Indian journal of veterinary science and animal husbandry - Volume 3,
Year: 1933
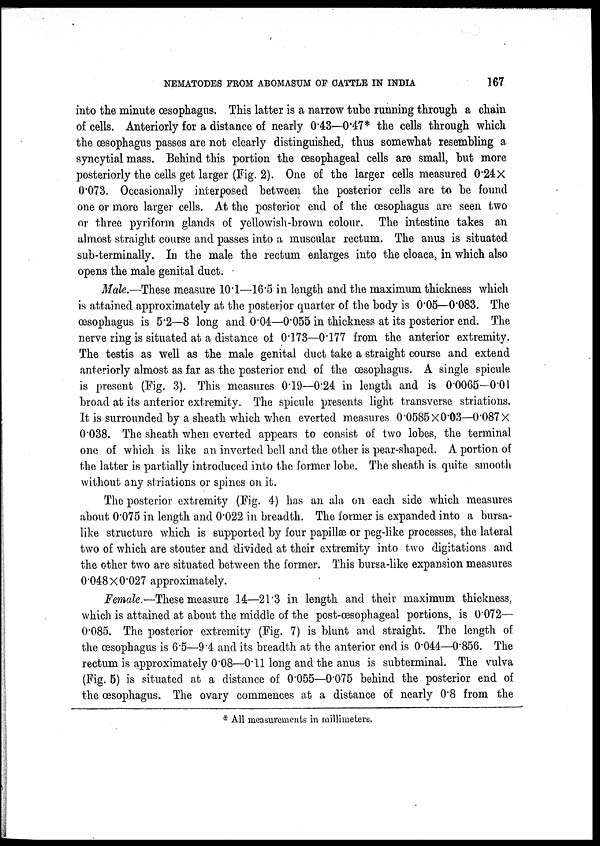
NEMATODES FROM ABOMASUM OF CATTLE IN INDIA
167
into the minute œsophagus. This latter is a narrow tube running through a chain
of cells. Anteriorly for a distance of nearly 0.43—0.47* the cells through which
the œsophagus passes are not clearly distinguished, thus somewhat resembling a
syncytial mass. Behind this portion the œsophageal cells are small, but more
posteriorly the cells get larger (Fig. 2). One of the larger cells measured 0.24 ×
0.073. Occasionally interposed between the posterior cells are to be found
one or more larger cells. At the posterior end of the œsophagus are. seen two
or three pyriform glands of yellowish-brown colour. The intestine takes an
almost straight course and passes into a muscular rectum. The anus is situated
sub-terminally. In the male the rectum enlarges into the cloaca, in which also
opens the male genital duct.
Male.—These measure 10.1—16.5 in length and the maximum thickness which
is attained approximately at the posterior quarter of the body is 0.05—0.083. The
œsophagus is 5.2—8 long and 0.04—0.055 in thickness at its posterior end. The
nerve ring is situated at a distance of 0.173—0.177 from the anterior extremity.
The testis as well as the male genital duct take a straight course and extend
anteriorly almost as far as the posterior end of the œsophagus. A single spicule
is present (Fig. 3). This measures 0.19—0.24 in length and is 0.0065—0.01
broad at its anterior extremity. The spicule presents light transverse striations.
It is surrounded by a sheath which when everted measures 0.0585 × 0.03—0.087 ×
0.038. The sheath when everted appears to consist of two lobes, the terminal
one of which is like an inverted bell and the other is pear-shaped. A portion of
the latter is partially introduced into the former lobe. The sheath is quite smooth
without any striations or spines on it.
The posterior extremity (Fig. 4) has an ala on each side which measures
about 0.075 in length and 0.022 in breadth. The former is expanded into a bursa¬
like structure which is supported by four papillæ or peg-like processes, the lateral
two of which are stouter and divided at their extremity into two digitations and
the other two are situated between the former. This bursa-like expansion measures
0.048 × 0.027 approximately.
Female.—These measure 14—21.3 in length and their maximum thickness,
which is attained at about the middle of the post-œsophageal portions, is 0.072—
0.085. The posterior extremity (Fig. 7) is blunt and straight. The length of
the œsophagus is 6.5—9.4 and its breadth at the anterior end is 0.044—0.856. The
rectum is approximately 0.08—0.11 long and the anus is subterminal. The vulva
(Fig. 5) is situated at a distance of 0.055—0.075 behind the posterior end of
the œsophagus. The ovary commences at a distance of nearly 0.8 from the
* All measurements in millimeters.